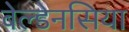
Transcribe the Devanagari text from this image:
बेल्डेनसिया